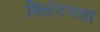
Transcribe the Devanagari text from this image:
क्लिंटनला